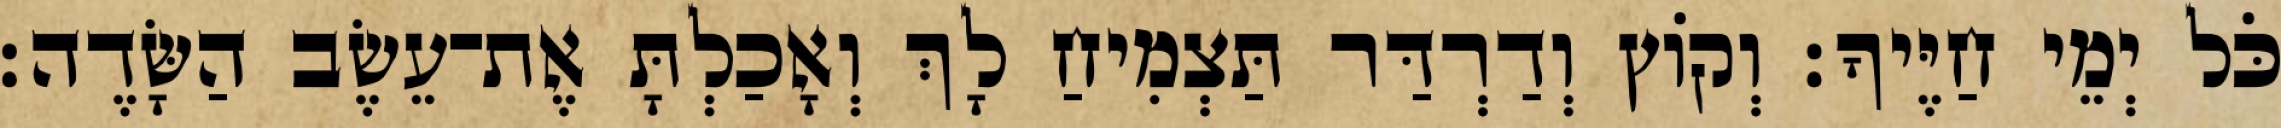
כֹּל יְמֵי חַיֶּיךָ׃ וְקֹוץ וְדַרְדַּר תַּצְמִיחַ לָךְ וְאָכַלְתָּ אֶת־עֵשֶׂב הַשָּׂדֶה׃